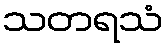
သတရသံ